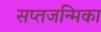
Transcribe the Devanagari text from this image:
सप्तजन्मिका